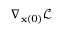
\boldsymbol \nabla _ { \mathbf x ( 0 ) } \mathcal L